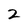
Character: 2